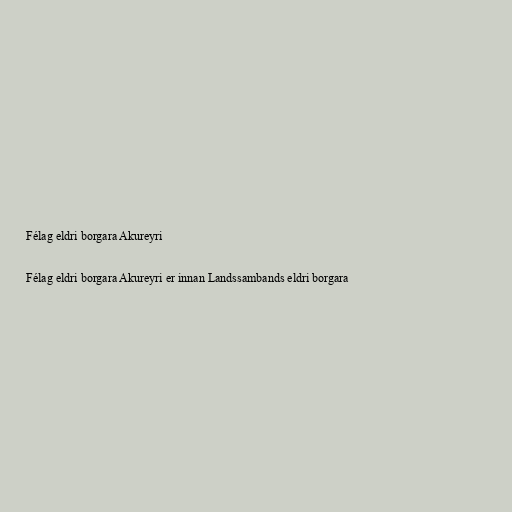
Félag eldri borgara Akureyri

Félag eldri borgara Akureyri er innan Landssambands eldri borgara